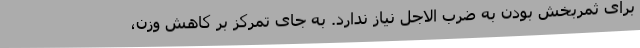
برای ثمربخش بودن به ضرب الاجل نیاز ندارد. به جای تمرکز بر کاهش وزن،